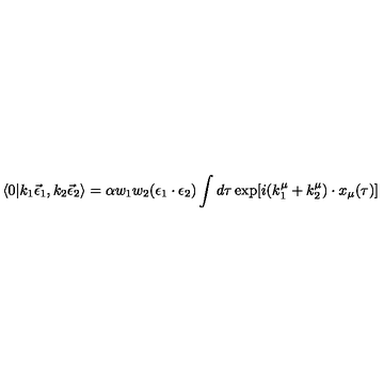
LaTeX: \langle 0 | k _ { 1 } \vec { \epsilon } _ { 1 } , k _ { 2 } \vec { \epsilon } _ { 2 } \rangle = \alpha w _ { 1 } w _ { 2 } ( \epsilon _ { 1 } \cdot \epsilon _ { 2 } ) \int d \tau \exp [ i ( k _ { 1 } ^ { \mu } + k _ { 2 } ^ { \mu } ) \cdot x _ { \mu } ( \tau ) ]